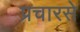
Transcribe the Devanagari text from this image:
प्रचारसे